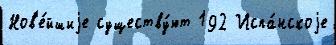
Нов'е́йшиjе существу́ют 192 Испа́нскоjе